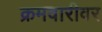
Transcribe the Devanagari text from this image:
क्रमवारीवर